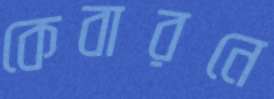
কেবারনে